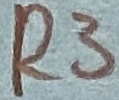
Text: R3